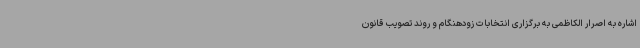
اشاره به اصرار الکاظمی به برگزاری انتخابات زودهنگام و روند تصویب قانون